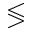
\lessgtr